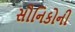
સૌનિકોની